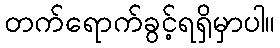
တက်ရောက်ခွင့်ရရှိမှာပါ။